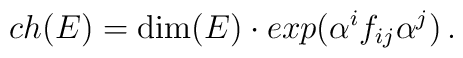
ch(E) = {\rm dim}(E) \cdot  exp( \alpha^{i} f_{ij} \alpha^{j}  ) \, .